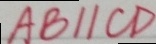
A B / / C D